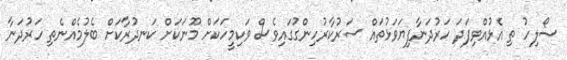
ޞޯލިހު ތި އެޅުއްވިފަދަ ހަރުދަނާފިޔަވަޅުތައް ސަރުކާރުހިންގުުގައިވެސް ވަކިމީހަކަށް މޫނަކަށް ކަނދުރާކަށް ބެލުމެއްނެތި ހަރުދަނާ